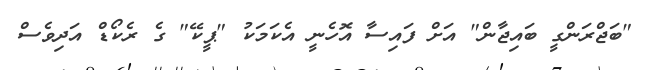
"ބަޖްރަންގީ ބައިޖާން" އަށް ފައިސާ އޮހެނީ އެކަމަކު "ޕީކޭ" ގެ ރެކޯޑް އަދިވެސް